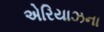
એરિયાઝના